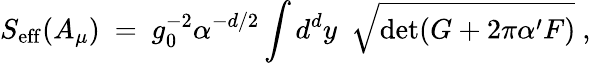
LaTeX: S_{\mathrm{eff}}(A_{\mu})\ =\ g_{0}^{-2}\alpha^{-d/2}\int d^{d}y\ \ {\sqrt{\operatorname*{det}(G+2\pi\alpha^{\prime}F)}}\ ,